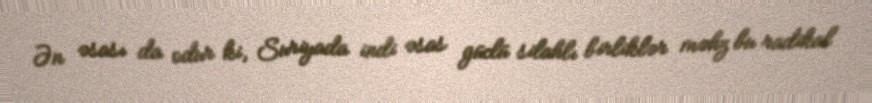
Ən əsası da odur ki, Suriyada indi əsas güclü silahlı birliklər məhz bu radikal